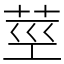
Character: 莖